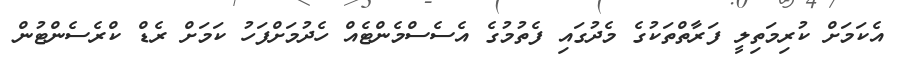
އެކަމަށް ކުރިމަތިލީ ފަރާތްތަކުގެ މެދުގައި ފެތުމުގެ އެސެސްމެންޓެއް ހެދުމަށްފަހު ކަމަށް ރެޑް ކްރެސެންޓުން